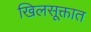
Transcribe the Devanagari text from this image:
खिलसूक्तात